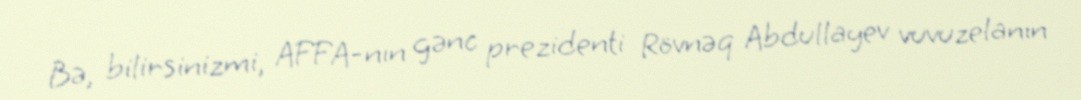
Bə, bilirsinizmi, AFFA-nın gənc prezidenti Rövnəq Abdullayev vuvuzelanın